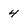
Character: 4